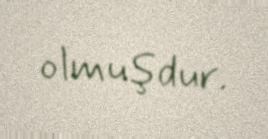
olmuşdur.